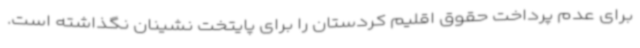
برای عدم پرداخت حقوق اقلیم کردستان را برای پایتخت نشینان نگذاشته است.